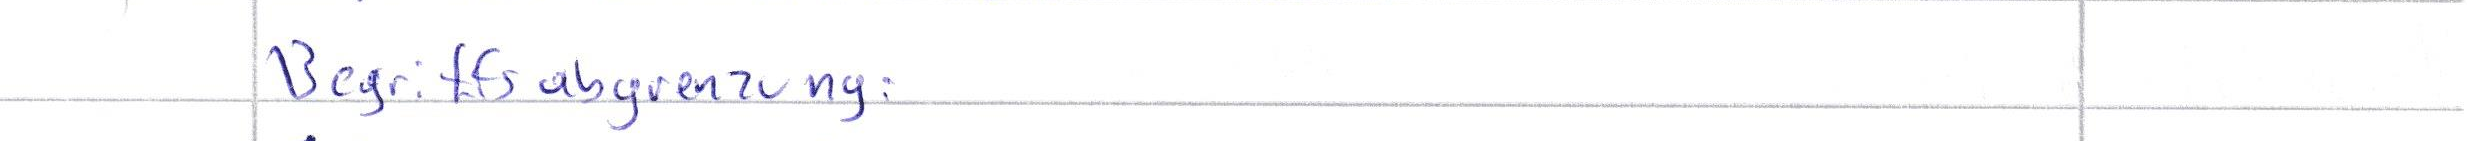
Begriffsabgrenzung: